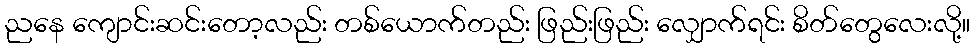
ညနေ ကျောင်းဆင်းတော့လည်း တစ်ယောက်တည်း ဖြည်းဖြည်း လျှောက်ရင်း စိတ်တွေလေးလို့။